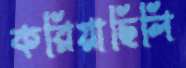
করিয়াছিলি